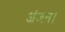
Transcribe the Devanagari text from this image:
अंजन।